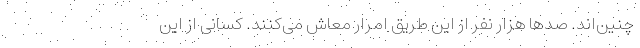
چنین‌اند. صدها هزار نفر از این طریق امرار معاش می‌کنند. کسانی از این